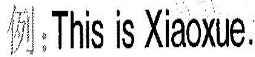
例:This is Xiaoxue.